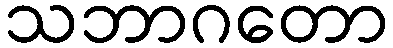
သဘာဂတော